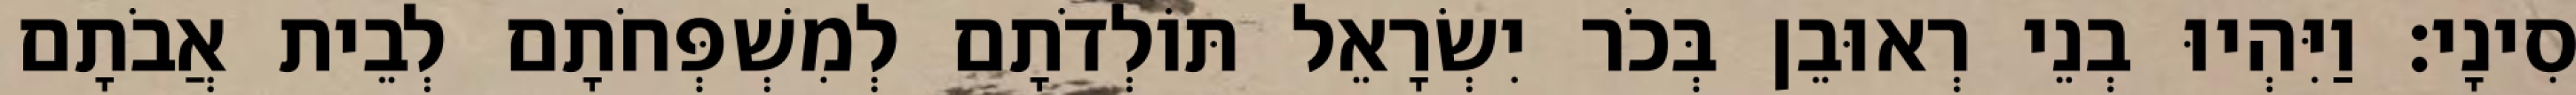
סִינָי׃ וַיִּהְיוּ בְנֵי רְאוּבֵן בְּכֹר יִשְׂרָאֵל תּוֹלְדֹתָם לְמִשְׁפְּחֹתָם לְבֵית אֲבֹתָם